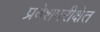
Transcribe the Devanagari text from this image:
प्रवेशपरीक्षेत